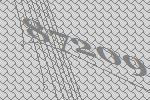
87209